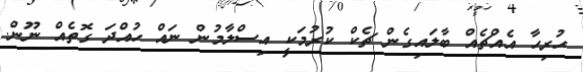
ޙުރިހާ އެއްޗެއް ބާލައިގެން ޗެކް ކުރުމަކީ އިސްލާމުން ނައް ހުއްދަ ގޮތެއް ނޫން.